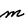
Character: m